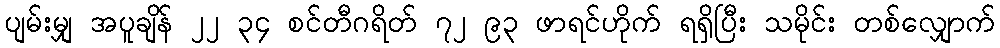
ပျမ်းမျှ အပူချိန် ၂၂ ၃၄ စင်တီဂရိတ် ၇၂ ၉၃ ဖာရင်ဟိုက် ရရှိပြီး သမိုင်း တစ်လျှောက်